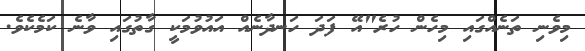
މިވެނި ތަނެއްގައި މިހެން ހުރެ"އޭ ފަދަ ހަނދާނެއް އައުވުމަކީ ގާތުގައި ވާނެ ކަމެކެވެ.